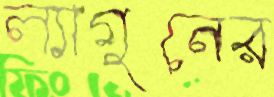
ল্যাগুনের